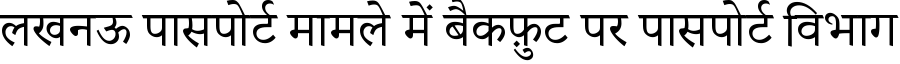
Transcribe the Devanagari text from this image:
लखनऊ पासपोर्ट मामले में बैकफ़ुट पर पासपोर्ट विभाग